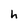
Character: h